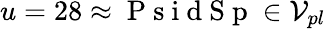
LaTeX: u=28\approx\mathrm{~P~s~i~d~S~p~}\in\mathcal{V}_{pl}